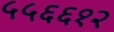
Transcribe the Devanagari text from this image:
५५६६१२